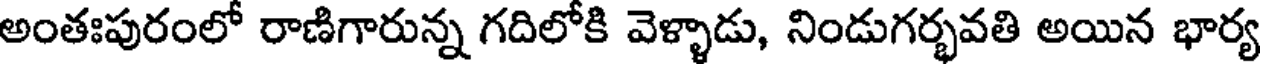
అంతఃపురంలో రాణిగారున్న గదిలోకి వెళ్ళాడు, నిండుగర్భవతి అయిన భార్య